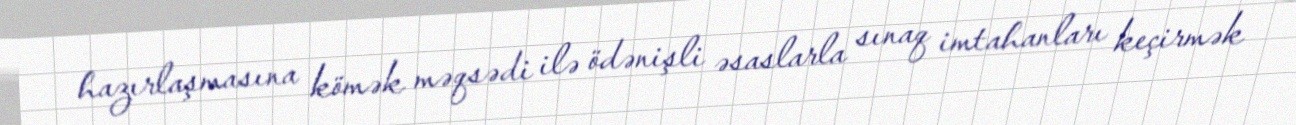
hazırlaşmasına kömək məqsədi ilə ödənişli əsaslarla sınaq imtahanları keçirmək